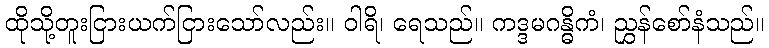
ထိုသို့တူးငြားယက်ငြားသော်လည်း။ ဝါရိ၊ ရေသည်။ ကဒ္ဒမဂန္ဓိကံ၊ ညွှန်စော်နံသည်။